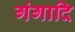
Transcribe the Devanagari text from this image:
गंगादि